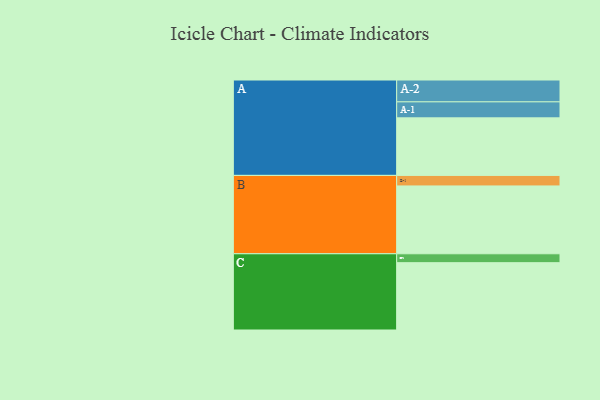
{"axis": {"x": "Segment", "y": "Value"}, "legend": ["", "A", "B", "C"], "data": [{"x": "A", "y": 453, "type": ""}, {"x": "B", "y": 534, "type": ""}, {"x": "C", "y": 530, "type": ""}, {"x": "A-1", "y": 126, "type": "A"}, {"x": "A-2", "y": 172, "type": "A"}, {"x": "B-1", "y": 83, "type": "B"}, {"x": "C-1", "y": 70, "type": "C"}]}